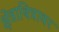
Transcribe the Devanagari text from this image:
क्षेत्राबित्रावर